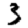
Digit: 3